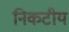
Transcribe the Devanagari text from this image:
निकटीय